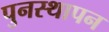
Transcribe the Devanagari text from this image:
पुनस्थापन